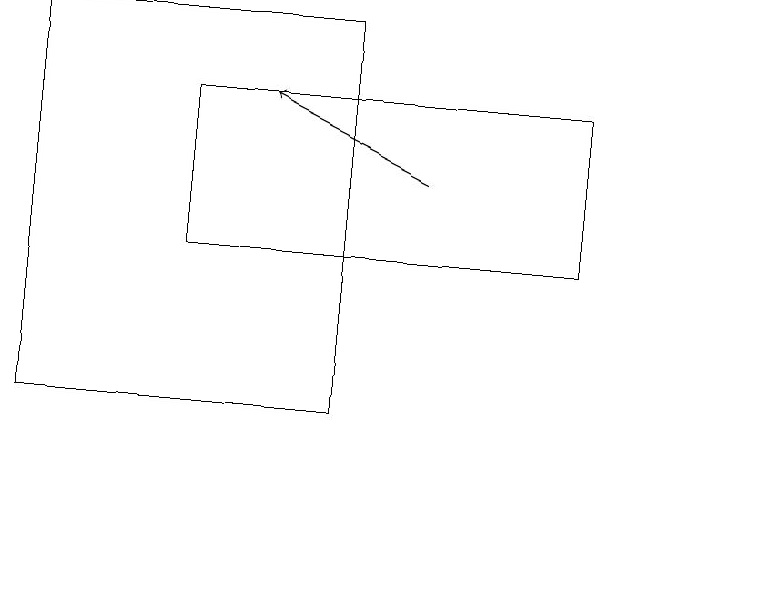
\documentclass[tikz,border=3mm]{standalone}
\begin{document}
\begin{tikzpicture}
\draw (11,10) circle (0);
\draw[->] (7,15) -- (5,16);
\draw (9,16) rectangle (4,14);
\draw (2,12) rectangle (6,17);
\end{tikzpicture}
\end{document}